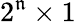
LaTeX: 2^{\mathfrak{n}}\times1